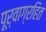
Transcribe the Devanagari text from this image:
पूर्वाग्रहित